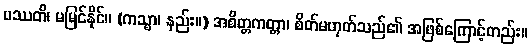
ပဿတိ၊ မမြင်နိုင်။ (ကသ္မာ၊ နည်း။) အစိတ္တကတ္တာ၊ စိတ်မဟုတ်သည်၏ အဖြစ်ကြောင့်တည်း။